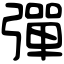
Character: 彈